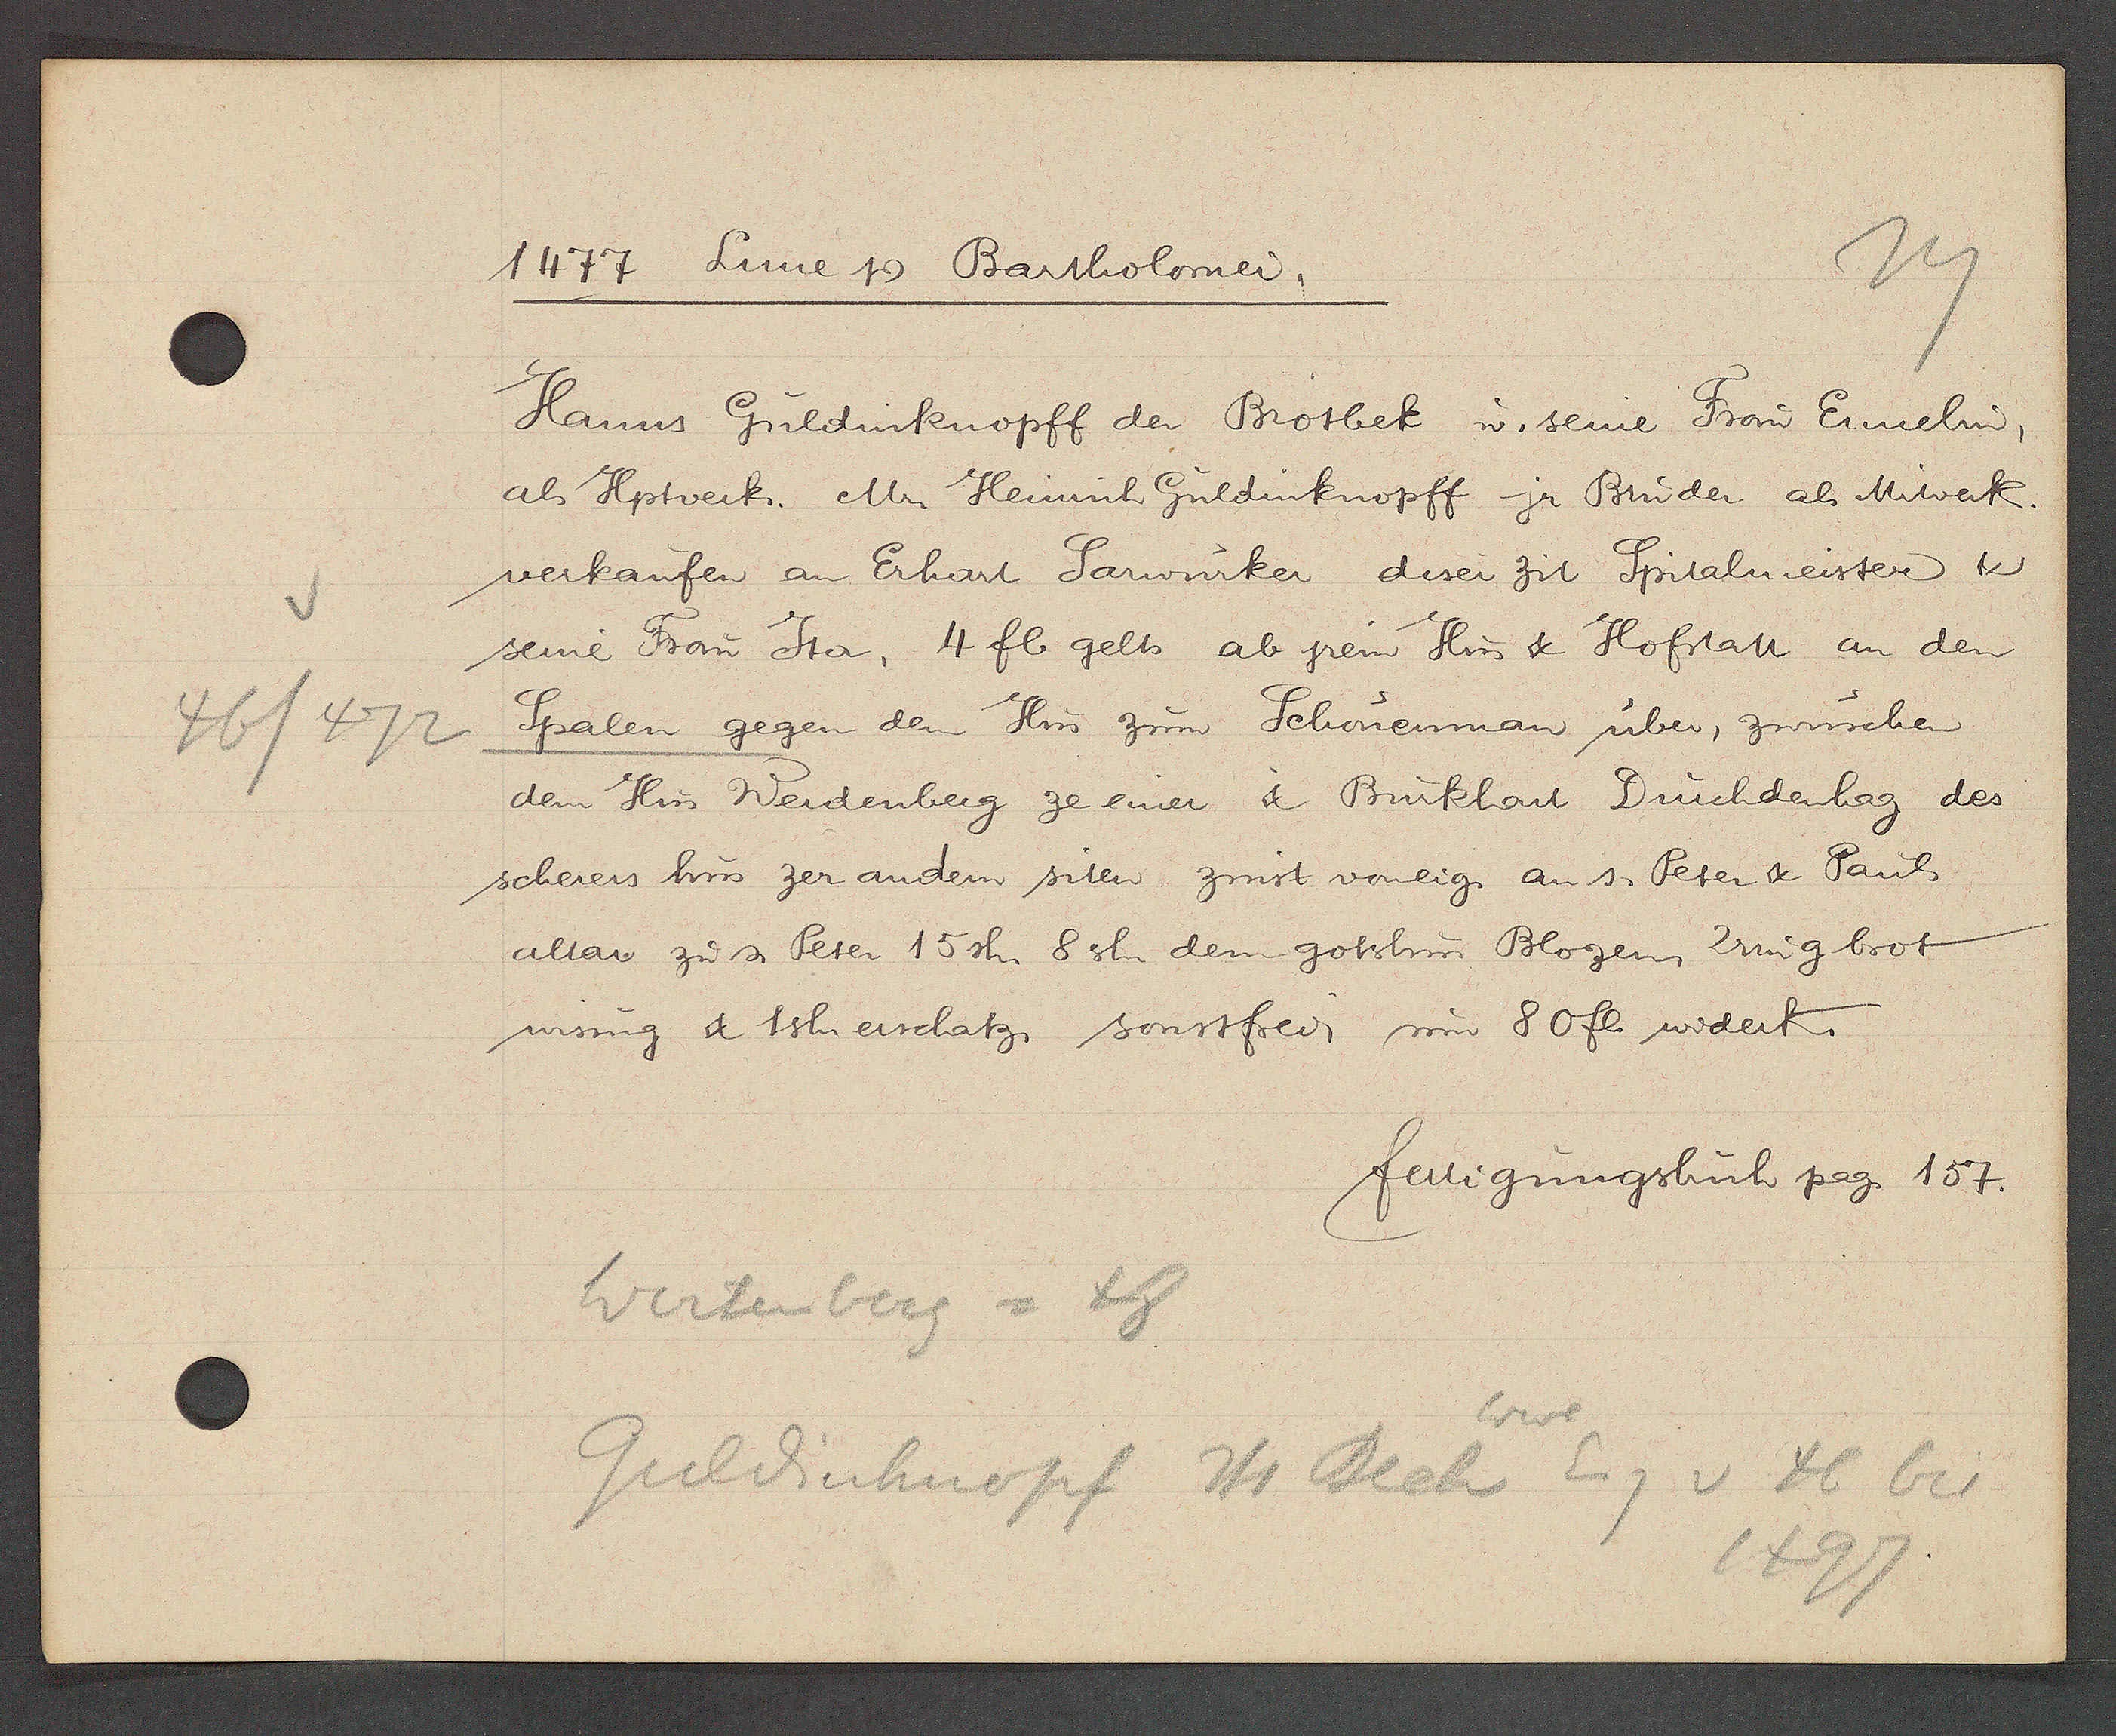
Transcript:
46/472

1477 Lune Ƿ Bartolomei.

Hanns Guldinknopff der Brotbek u. seine Frow Ennelin,
als Hptverk. Mr. Heinrich Guldinknopff jr Bruder als Miwerk.
verkaufen an Erhart Sarwürker disei zit Spitalmeister &
seine Frau Ita, 4 fl gelts ab jrem Hus & Hofstatt an den
Spalen gegen dem Hus zum Schonenman über, zwüschen
dem Hus Werdenberg ze einer & Burkhart Druchdenhag des
scherers hus zer andern siten zinst voneig. an s. Peter & Paul
altar zw s. Peter 15 sh 8 sh dem gotshus Blozen, 2 ring brot
wisung & 1 sh erschatz, sonstfrei, um 80 fl. widerk.

fertigungsbch pag. 157.

Wertenberg = 48
Wwe
Guldinknopf Hs Bech Eig v 46 bis
1497